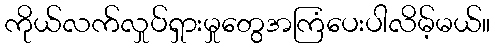
ကိုယ်လက်လှုပ်ရှားမှုတွေအကြံပေးပါလိမ့်မယ်။